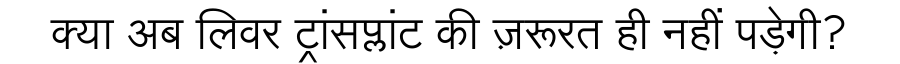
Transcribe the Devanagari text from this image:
क्या अब लिवर ट्रांसप्लांट की ज़रूरत ही नहीं पड़ेगी?